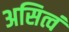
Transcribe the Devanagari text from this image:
असित्वं